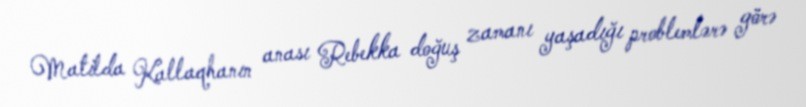
Matilda Kallaqhanın anası Rebekka doğuş zamanı yaşadığı problemlərə görə